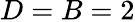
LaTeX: D=B=2